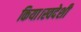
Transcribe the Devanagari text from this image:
किया।स्वदेशी